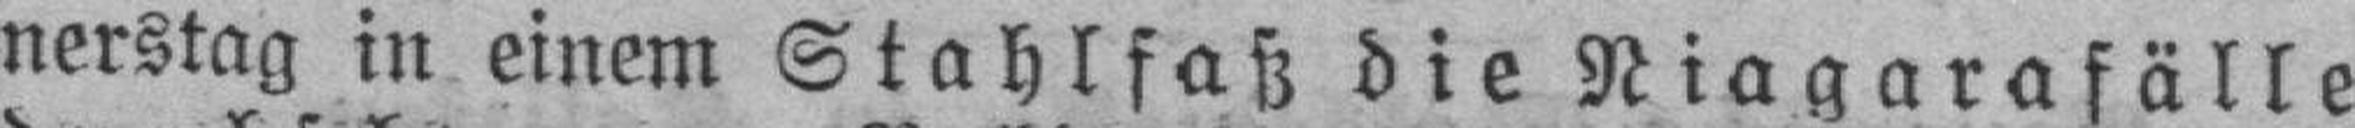
nerstag in einem Stahlfaß die Niagarafälle